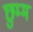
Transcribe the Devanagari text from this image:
छुम्मं